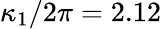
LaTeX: \kappa_{1}/2\pi=2.12